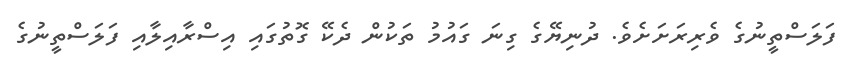
ފަލަސްތީނުގެ ވެރިރަށަށެވެ. ދުނިޔޭގެ ގިނަ ގައުމު ތަކުން ދެކޭ ގޮތުގައި އިސްރާއިލާއި ފަލަސްތީނުގެ